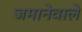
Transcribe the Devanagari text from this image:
जमानेवाले